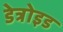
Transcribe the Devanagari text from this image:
डेत्रोइड